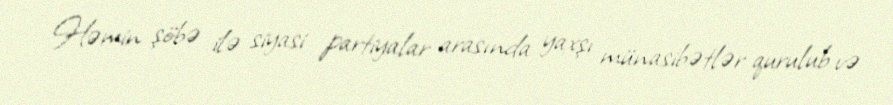
Həmin şöbə ilə siyasi partiyalar arasında yaxşı münasibətlər qurulub və